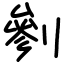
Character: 剼